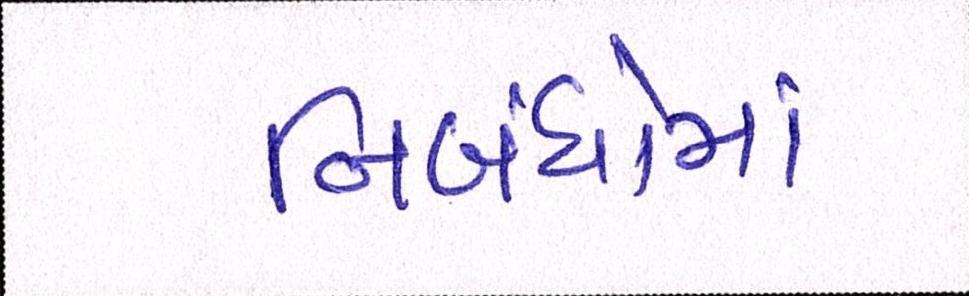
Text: નિબંધોમાં